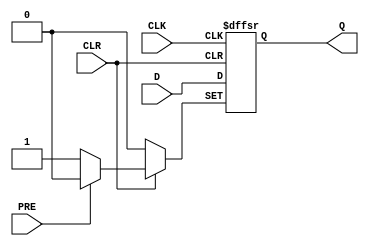
module negative_edge_d_ff(
    input D,
    input CLK,
    input PRE,
    input CLR,
    output reg Q
);

always @ (posedge CLK or negedge PRE or negedge CLR) begin
    if (PRE == 0) begin
        Q <= 1;
    end else if (CLR == 0) begin
        Q <= 0;
    end else begin
        Q <= D;
    end
end

endmodule